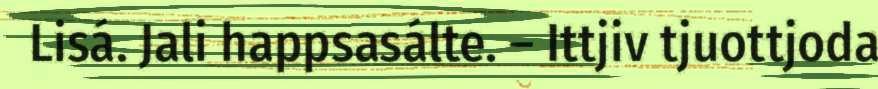
Lisá. Jali happsasálte. – Ittjiv tjuottjoda